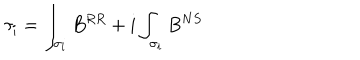
LaTeX: \tau _ { i } = \int _ { \sigma _ { i } } B ^ { R R } + i \int _ { \sigma _ { i } } B ^ { N S }